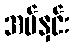
အပ်နှင်း